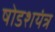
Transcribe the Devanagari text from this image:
षोडशयंत्र